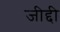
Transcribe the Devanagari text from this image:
जीद्दी